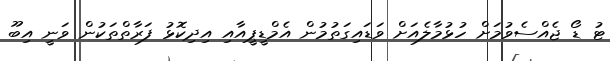
ޓު ޑޯ ޖެއްސެވުމަށް ހުޅުމާލެއަށް ވަޑައިގަތުމުން އެމްޑީޕީއާއި އިދިކޮޅު ފަރާތްތަކުން ވަނީ އިބޫ